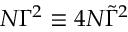
N { \Gamma } ^ { 2 } \equiv 4 N \tilde { \Gamma } ^ { 2 }